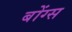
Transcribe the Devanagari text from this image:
बोंग्स